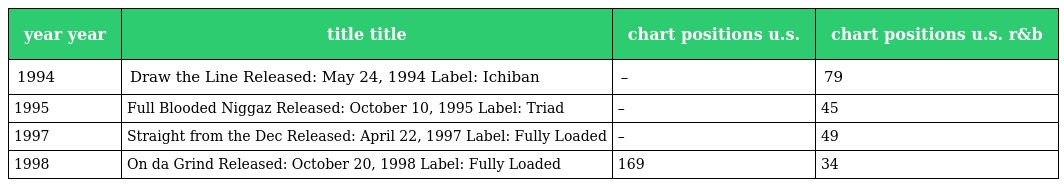
| year year | title title | chart positions u.s. | chart positions u.s. r&b |
 | --- | --- | --- | --- |
 | 1994 | Draw the Line Released: May 24, 1994 Label: Ichiban | – | 79 |
 | 1995 | Full Blooded Niggaz Released: October 10, 1995 Label: Triad | – | 45 |
 | 1997 | Straight from the Dec Released: April 22, 1997 Label: Fully Loaded | – | 49 |
 | 1998 | On da Grind Released: October 20, 1998 Label: Fully Loaded | 169 | 34 |